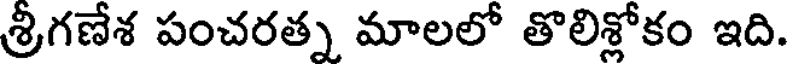
శ్రీగణేశ పంచరత్న మాలలో తొలిశ్లోకం ఇది.